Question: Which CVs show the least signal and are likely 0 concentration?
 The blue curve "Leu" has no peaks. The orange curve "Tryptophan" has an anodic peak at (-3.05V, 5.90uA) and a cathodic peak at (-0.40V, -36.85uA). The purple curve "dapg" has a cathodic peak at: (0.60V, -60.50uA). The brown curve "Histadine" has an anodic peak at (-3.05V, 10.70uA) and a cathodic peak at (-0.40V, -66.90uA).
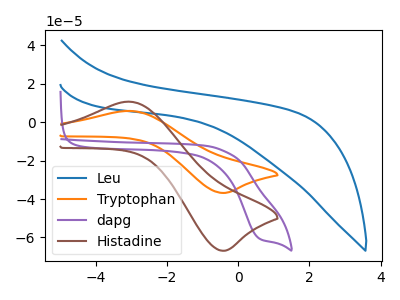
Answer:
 <answer>"Leu" is likely to be a blank.</answer>
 <eval>Leu</eval>